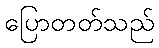
ပြောတတ်သည်